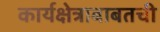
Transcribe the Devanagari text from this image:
कार्यक्षेत्राबाबतची